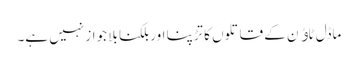
ماڈل ٹاﺅن کے قاتلوں کا تڑپنا اور بلکنا بلا جواز نہیں ہے۔